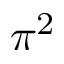
\pi ^ { 2 }